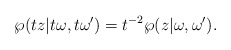
\begin{align*}\wp (tz|t\omega,t\omega') =t\sp{-2}\wp (z|\omega,\omega').\end{align*}